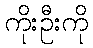
ကိုးဦးကို